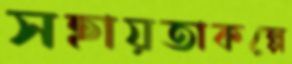
সহায়তাকল্পে